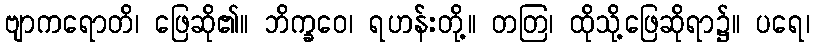
ဗျာကရောတိ၊ ဖြေဆို၏။ ဘိက္ခဝေ၊ ရဟန်းတို့။ တတြ၊ ထိုသို့ဖြေဆိုရာ၌။ ပရေ၊